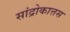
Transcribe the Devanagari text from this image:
सांद्रोकात्तस